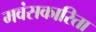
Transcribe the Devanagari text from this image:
मवंसकारिता